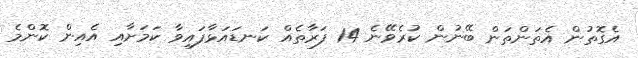
އެގޮތުން އެތަންތަން ބޭނުން ކުރެވޭނެ 14 ފަރާތެއް ކަނޑައަޅާފައިވާ ކަމަށާއި އެއިން ކޮންމެ